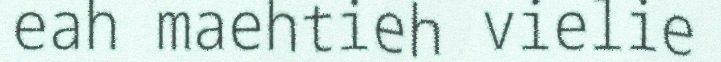
eah maehtieh vielie